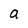
Character: a